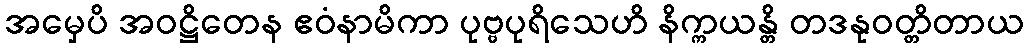
အမှေပိ အဝဋ္ဌိတေန ဧဝံနာမိကာ ပုဗ္ဗပုရိသေဟိ နိက္ကယန္တိ တဒနုဝတ္တိတာယ